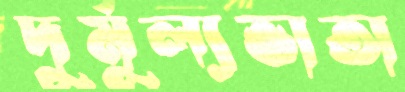
দুর্মূল্যভাতা